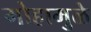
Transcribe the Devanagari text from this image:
मोहामुळे